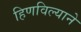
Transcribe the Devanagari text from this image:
हिणविल्याने